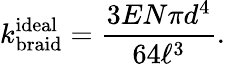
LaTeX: k_{\mathrm{braid}}^{\mathrm{ideal}}=\frac{3EN\pi d^{4}}{64\ell^{3}}.